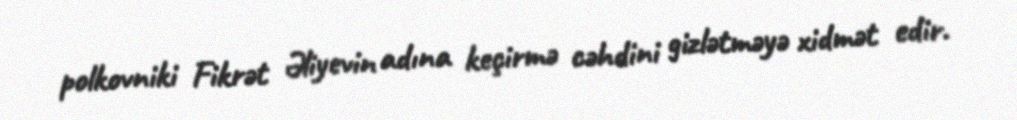
polkovniki Fikrət Əliyevin adına keçirmə cəhdini gizlətməyə xidmət edir.